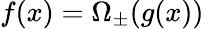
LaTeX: f(x)=\Omega_{\pm}(g(x))